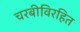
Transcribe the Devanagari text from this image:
चरबीविरहित